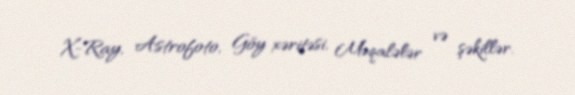
X-Ray, Astrofoto, Göy xəritəsi, Məqalələr və şəkillər.